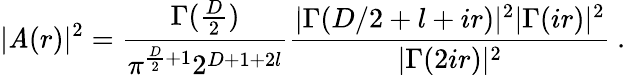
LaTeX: |\mathit{A}(r)|^{2}=\frac{{\Gamma(\frac{{D}}{{2}})}}{{\pi^{\frac{{D}}{{2}}+1}2^{D+1+2l}}}\frac{{|\Gamma(D/2+l+ir)|^{2}|\Gamma(ir)|^{2}}}{{|\Gamma(2ir)|^{2}}}\: .